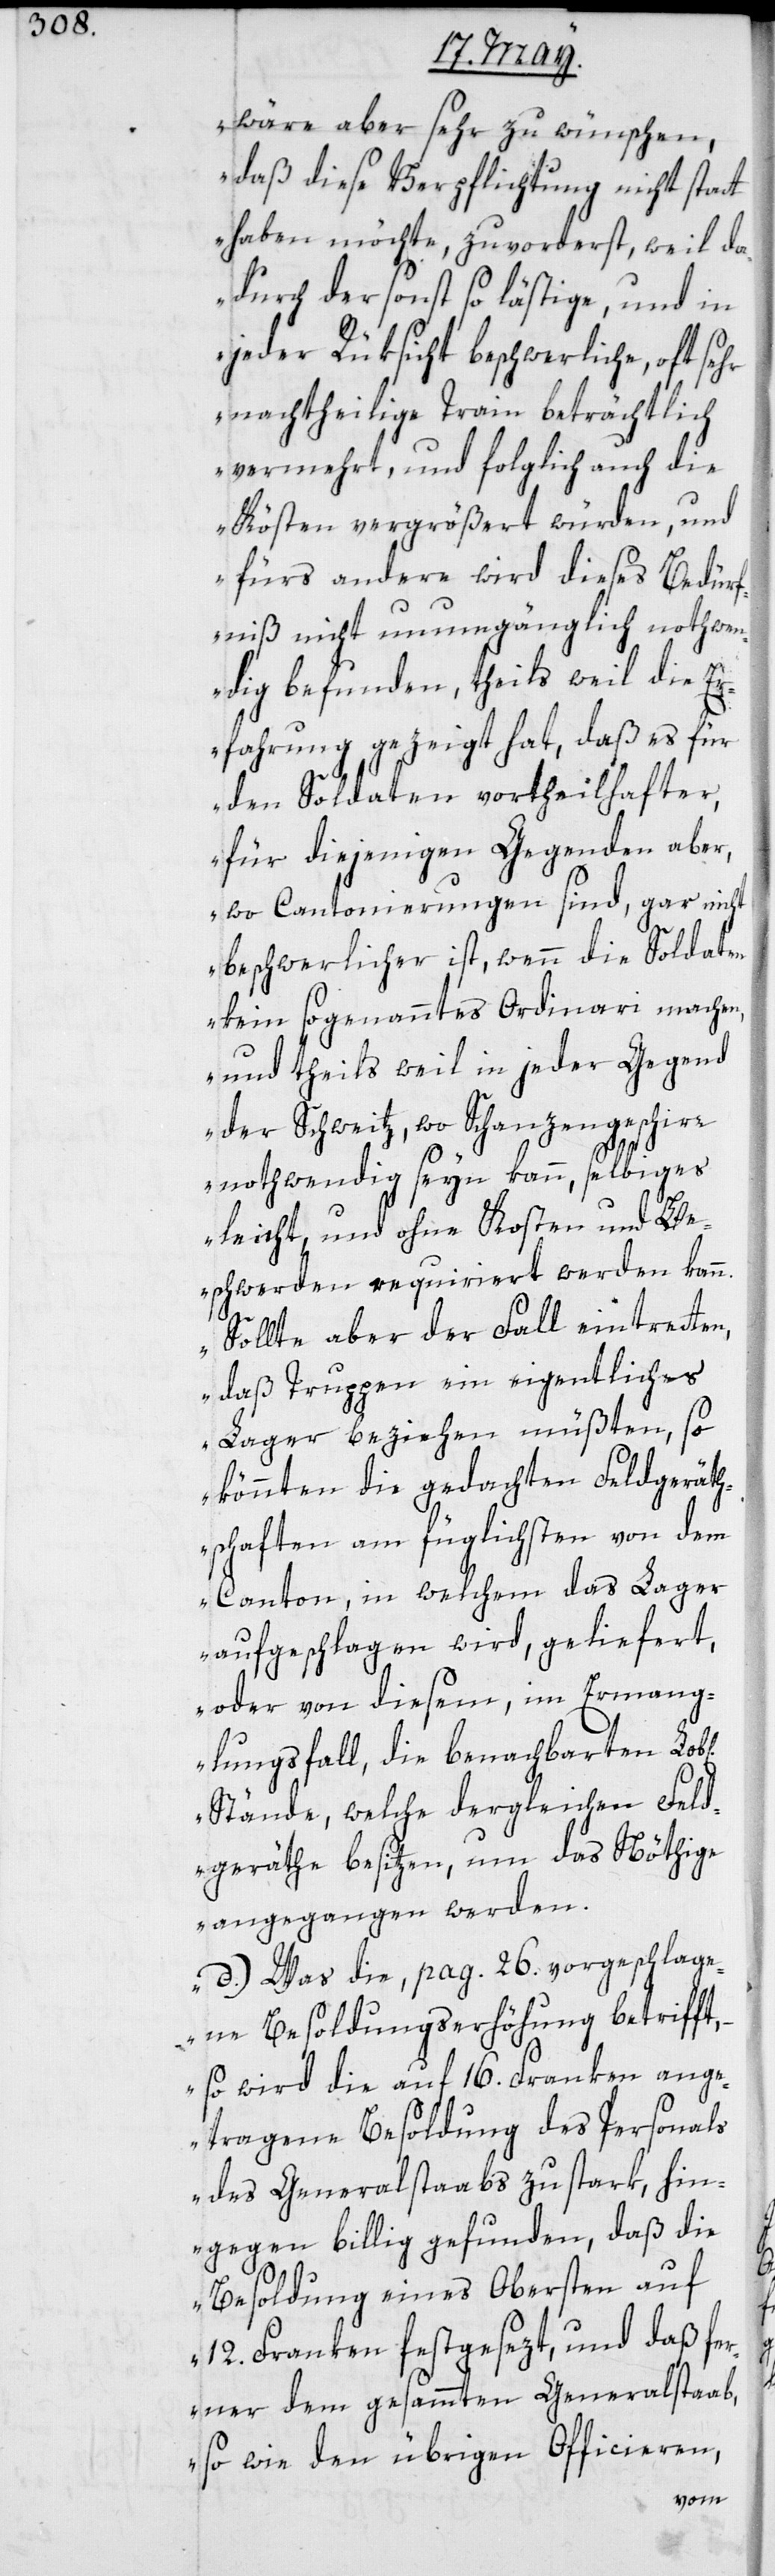
wäre aber sehr zu wünschen,
daß diese Verpflichtung nicht stat¬
thaben möchte, zuvorderst, weil da¬
durch der sonst so lästige und in
jeder Rüksicht beschwerliche, oft sehr
nachtheilige Train beträchtlich
vermehrt, und folglich auch die
Kösten vergrößert würden, und
fürs andere wird dieses Bedürf¬
niß nicht unumgänglich nothwen¬
dig befunden, theils weil die E¬
rfahrung gezeigt hat, daß es für
den Soldaten vortheilhafter,
für diejenigen Gegenden aber,
wo Cantonierungen sind, gar nicht
beschwerlicher ist, wenn die Soldaten
kein sogenanntes Ordinari machen,
und theils weil in jeder Gegend
der Schweitz, wo Schanzengeschirr
nothwendig sein kann, selbiges
leicht und ohne Kosten und Be¬
schwerden requiriert werden kann.
Sollte aber der Fall eintretten,
ichen]
daß Truppen ein eigentliches
Lager beziehen müßten, so
könnten die gedachten Feldgeräth¬
schaften am füglichsten von dem
Canton, in welchem das Lager
aufgeschlagen wird, geliefert,
oder von diesem im Ermang¬
elungsfall, die benachbarten Lob[l¬
Stände, welche dergleichen Feld¬
geräthe besitzen, um das Nöthige
angegangen werden.
d.) Was die, pag. 26. vorgeschlage¬
ne Besoldungserhöhung betrifft,
– so wird die auf 16. Franken ange¬
tragene Besoldung des Personals
des Generalstabs zu stark, hin¬
gegen billig gefunden, daß die
Besoldung eines Obersten auf
12. Franken festgesezt, und daß fe¬
rner dem gesammten Generalstaab,
sowie den übrigen Officieren,